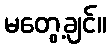
မတွေ့ချင်။